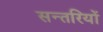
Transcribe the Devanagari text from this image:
सन्तरियों